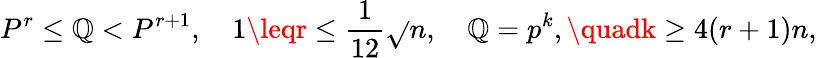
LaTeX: P^{r}\leq\mathbb{Q}<P^{r+1},\quad1\leqr\leq{\frac{{1}}{{12}}}{\sqrt{}{{n}}},\quad\mathbb{Q}=p^{k},\quadk\geq4(r+1)n,